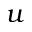
u